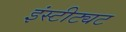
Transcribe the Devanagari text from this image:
इंस्टीट्यट